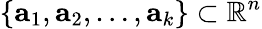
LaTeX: \{ {\mathbf{a}}_{1},{\mathbf{a}}_{2},\dots,{\mathbf{a}}_{k}\} \subset\mathbb{R}^{n}